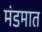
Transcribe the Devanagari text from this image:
मंडमात